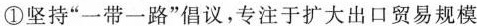
①坚持”一带一路”倡议，专注于扩大出口贸易规模